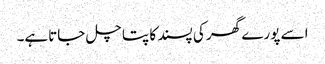
اسے پورے گھر کی پسند کا پتا چل جاتاہے۔